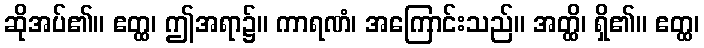
ဆိုအပ်၏။ ဧတ္ထ၊ ဤအရာ၌။ ကာရဏံ၊ အကြောင်းသည်။ အတ္ထိ၊ ရှိ၏။ ဧတ္ထ၊